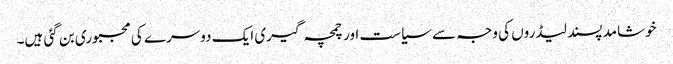
خوشامد پسند لیڈروں کی وجہ سے سیاست اور چمچہ گیری ایک دوسرے کی مجبوری بن گئی ہیں۔